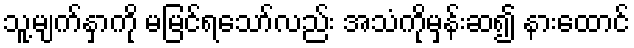
သူ့မျက်နှာကို မမြင်ရသော်လည်း အသံကိုမှန်းဆ၍ နားထောင်